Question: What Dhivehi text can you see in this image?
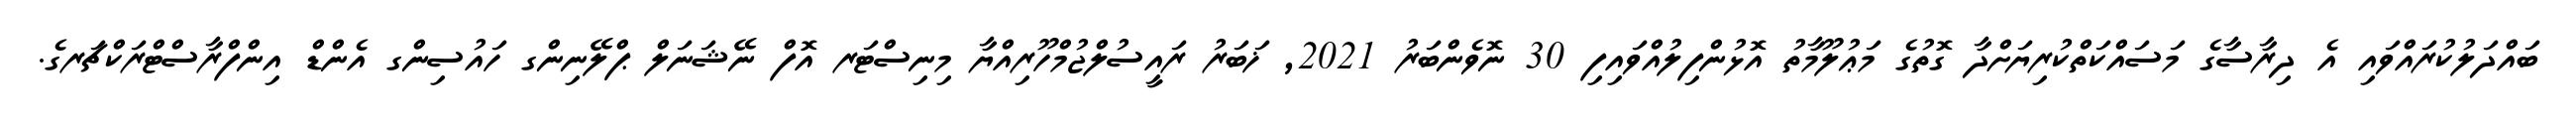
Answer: ބައްދަލުކުރައްވައި އެ ދިރާސާގެ މަސައްކަތްކުރިޔަށްދާ ގޮތުގެ މަޢުލޫމާތު އޮޅުންފިލުއްވައިފި 30 ނޮވެންބަރު 2021, ޚަބަރު ރައީސުލްޖުމްހޫރިއްޔާ މިނިސްޓަރ އޮފް ނޭޝަނަލް ޕްލޭނިންގ ހައުސިންގ އެންޑް އިންފްރާސްޓްރަކްޗަރގެ.